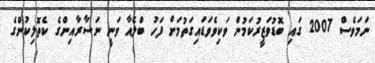
ނަމަވެސް 2007 ގައި ބޮޑުވަޒީރުކަމުން ވަކިވެވަޑައިގަތުމަށް ފަހު ބްލެއާ ވަނީ ނަސާރާއިންގެ ކެތޮލިކުންގެ